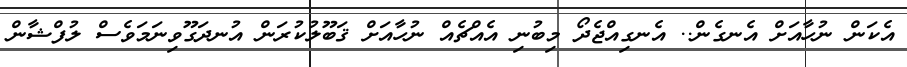
އެކަން ނުހާއަށް އެނގެން.. އެނގިއްޖެދޯ މިބުނި އެއްޗެއް ނުހާއަށް ޤަބޫލުކުރަން އުނދަގޫވިނަމަވެސް ލުފްޝާން